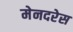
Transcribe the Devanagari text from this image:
मेनदरेस